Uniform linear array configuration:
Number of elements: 12
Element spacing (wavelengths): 0.5
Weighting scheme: uniform
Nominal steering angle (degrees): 30
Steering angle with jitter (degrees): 31.472
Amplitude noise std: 0.05
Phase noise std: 0.05

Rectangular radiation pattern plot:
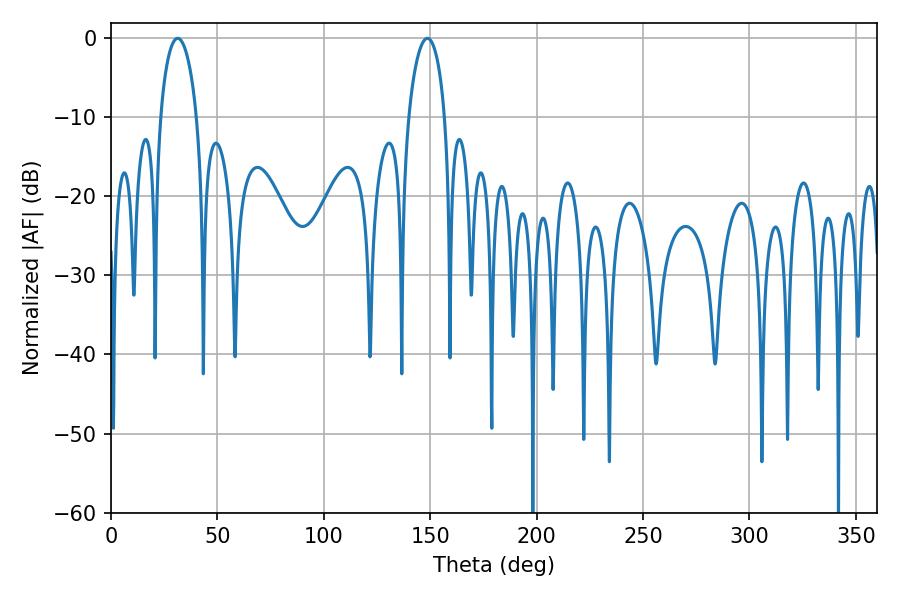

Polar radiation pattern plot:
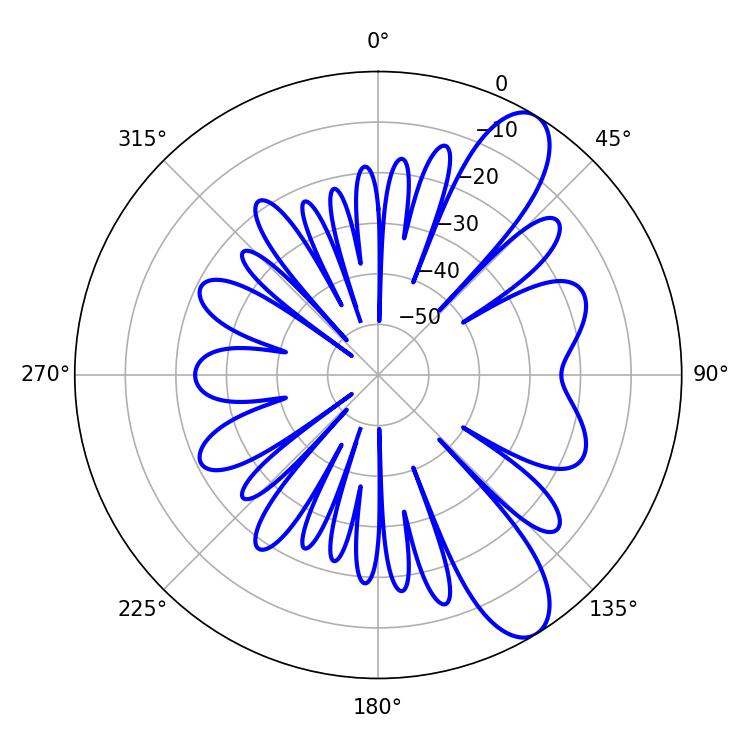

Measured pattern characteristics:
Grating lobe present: FALSE
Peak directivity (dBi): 9.938
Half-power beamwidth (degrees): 9.72
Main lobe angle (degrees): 31.32